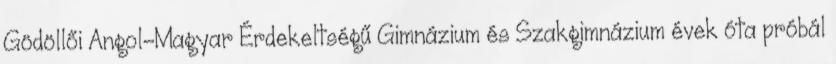
Gödöllői Angol-Magyar Érdekeltségű Gimnázium és Szakgimnázium évek óta próbál